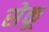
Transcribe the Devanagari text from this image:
सेकू